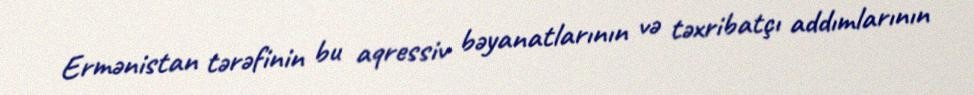
Ermənistan tərəfinin bu aqressiv bəyanatlarının və təxribatçı addımlarının